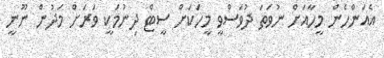
އެއަންހެން މީހާއަށް ނުވަތަ ދުވަސްވީ މީހަކަށް ސީޓް ދިނުމަކީ ވަރަށް މަދުން ނޫނީ